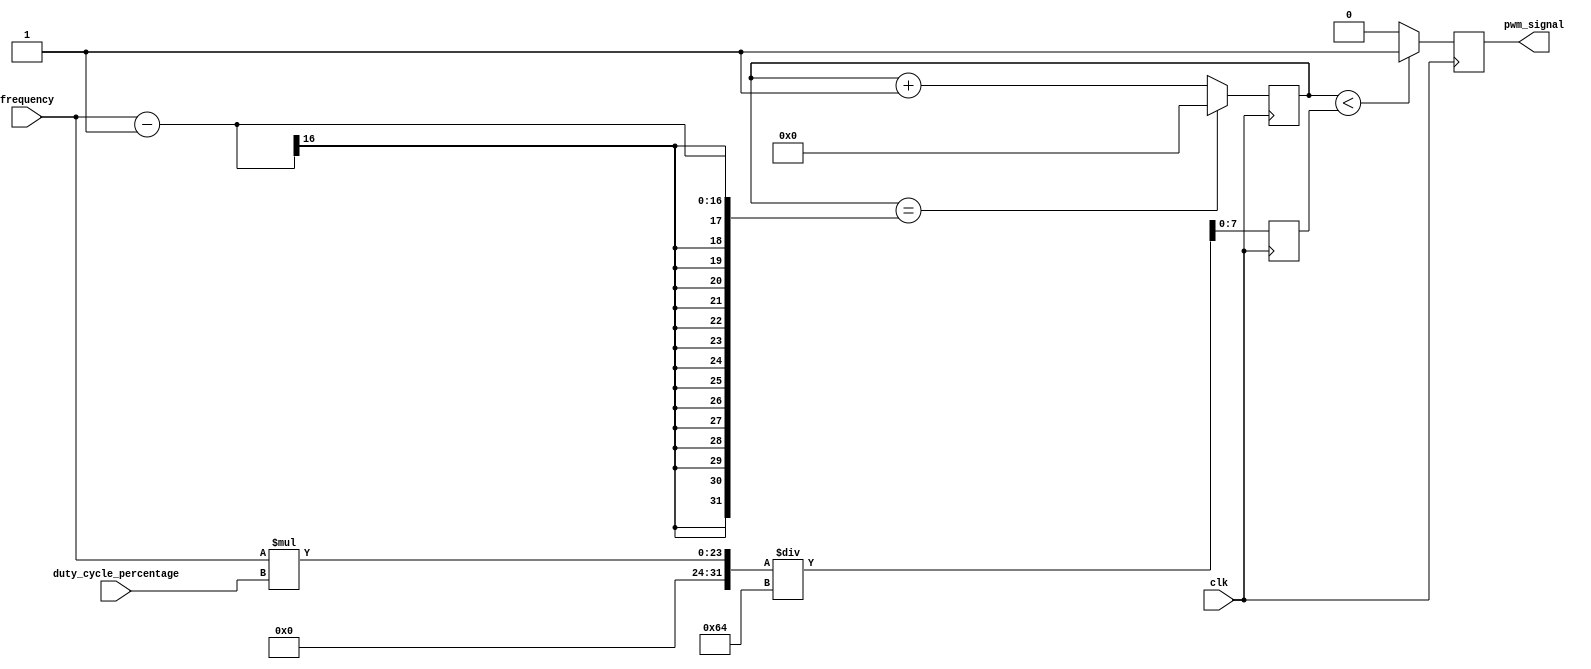
module pwm_generator (
    input wire clk, // Clock signal
    input wire [15:0] frequency, // Desired frequency input (16-bit)
    input wire [7:0] duty_cycle_percentage, // Duty cycle percentage input (8-bit)
    output reg pwm_signal // PWM signal output
);

reg [15:0] counter; // Counter to keep track of the count values
reg [7:0] threshold; // Threshold value to compare with duty cycle percentage

always @ (posedge clk) begin
    if (counter == frequency - 1) begin
        counter <= 0;
    end else begin
        counter <= counter + 1;
    end
    
    if (counter < threshold) begin
        pwm_signal <= 1; // PWM signal is high
    end else begin
        pwm_signal <= 0; // PWM signal is low
    end
end

always @ (posedge clk) begin
    threshold <= (frequency * duty_cycle_percentage) / 100;
end

endmodule